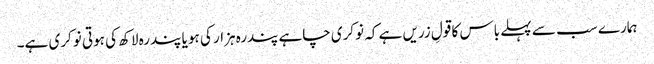
ہمارے سب سے پہلے باس کا قولِ زریں ہے کہ نوکری چاہے پندرہ ہزار کی ہو یا پندرہ لاکھ کی ہوتی نوکری ہے۔